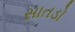
સાતડો